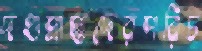
দণ্ডপ্রাপ্তদেরপরিচ